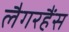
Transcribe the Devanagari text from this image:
लैगरहैंस